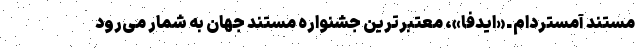
مستند آمستردام ـ «ایدفا»، معتبرترین جشنواره مستند جهان به شمار می‌رود